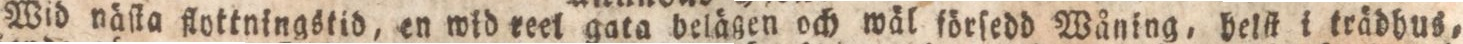
Wid näſta flottningstid, en wid teel gata belägen och wäl förſedd Wåning, helſt i trädhus,